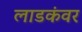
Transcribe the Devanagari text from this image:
लाडकंवर